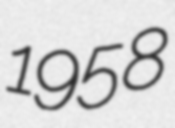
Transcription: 1958